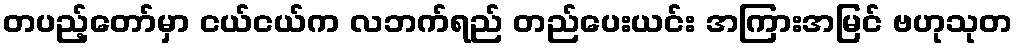
တပည့်တော်မှာ ငယ်ငယ်က လဘက်ရည် တည်ပေးယင်း အကြားအမြင် ဗဟုသုတ